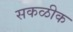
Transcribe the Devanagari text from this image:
सकळीक